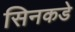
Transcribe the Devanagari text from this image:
सिनकडे